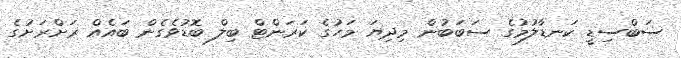
ސަބްސިޑީ ކަނޑާލުމުގެ ސަބަބުން މިދިޔަ މަހުގެ ކަރަންޓް ބިލް ބޮޑުވެގެން ބައެއް ރަށްރަށުގެ